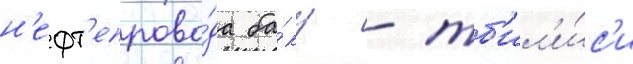
н'ефт'епрово́да ба́ку - тб'ил'и́с'и